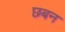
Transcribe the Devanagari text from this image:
छबन